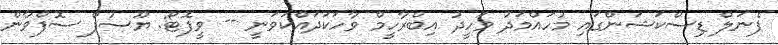
ޕެނަލް ޑިސްކަޝަންގައި މުހައްމަދު ވަހީދު އިބްރާހީމް ވާހަކަދައްކަވަނީ -- ވީފޮޓޯ: ޔޫސުފް ސޮފްވާން